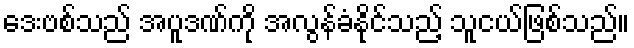
ဒေးဗစ်သည် အပူဒဏ်ကို အလွန်ခံနိုင်သည့် သူငယ်ဖြစ်သည်။